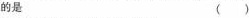
的是 ()